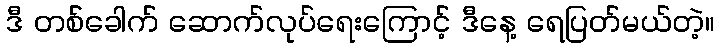
ဒီ တစ်ခေါက် ဆောက်လုပ်ရေးကြောင့် ဒီနေ့ ရေပြတ်မယ်တဲ့။